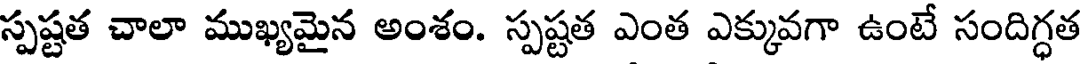
స్పష్టత చాలా ముఖ్యమైన అంశం. స్పష్టత ఎంత ఎక్కువగా ఉంటే సందిగ్ధత